Vana-Antsla_vallavalitsus, lk 123
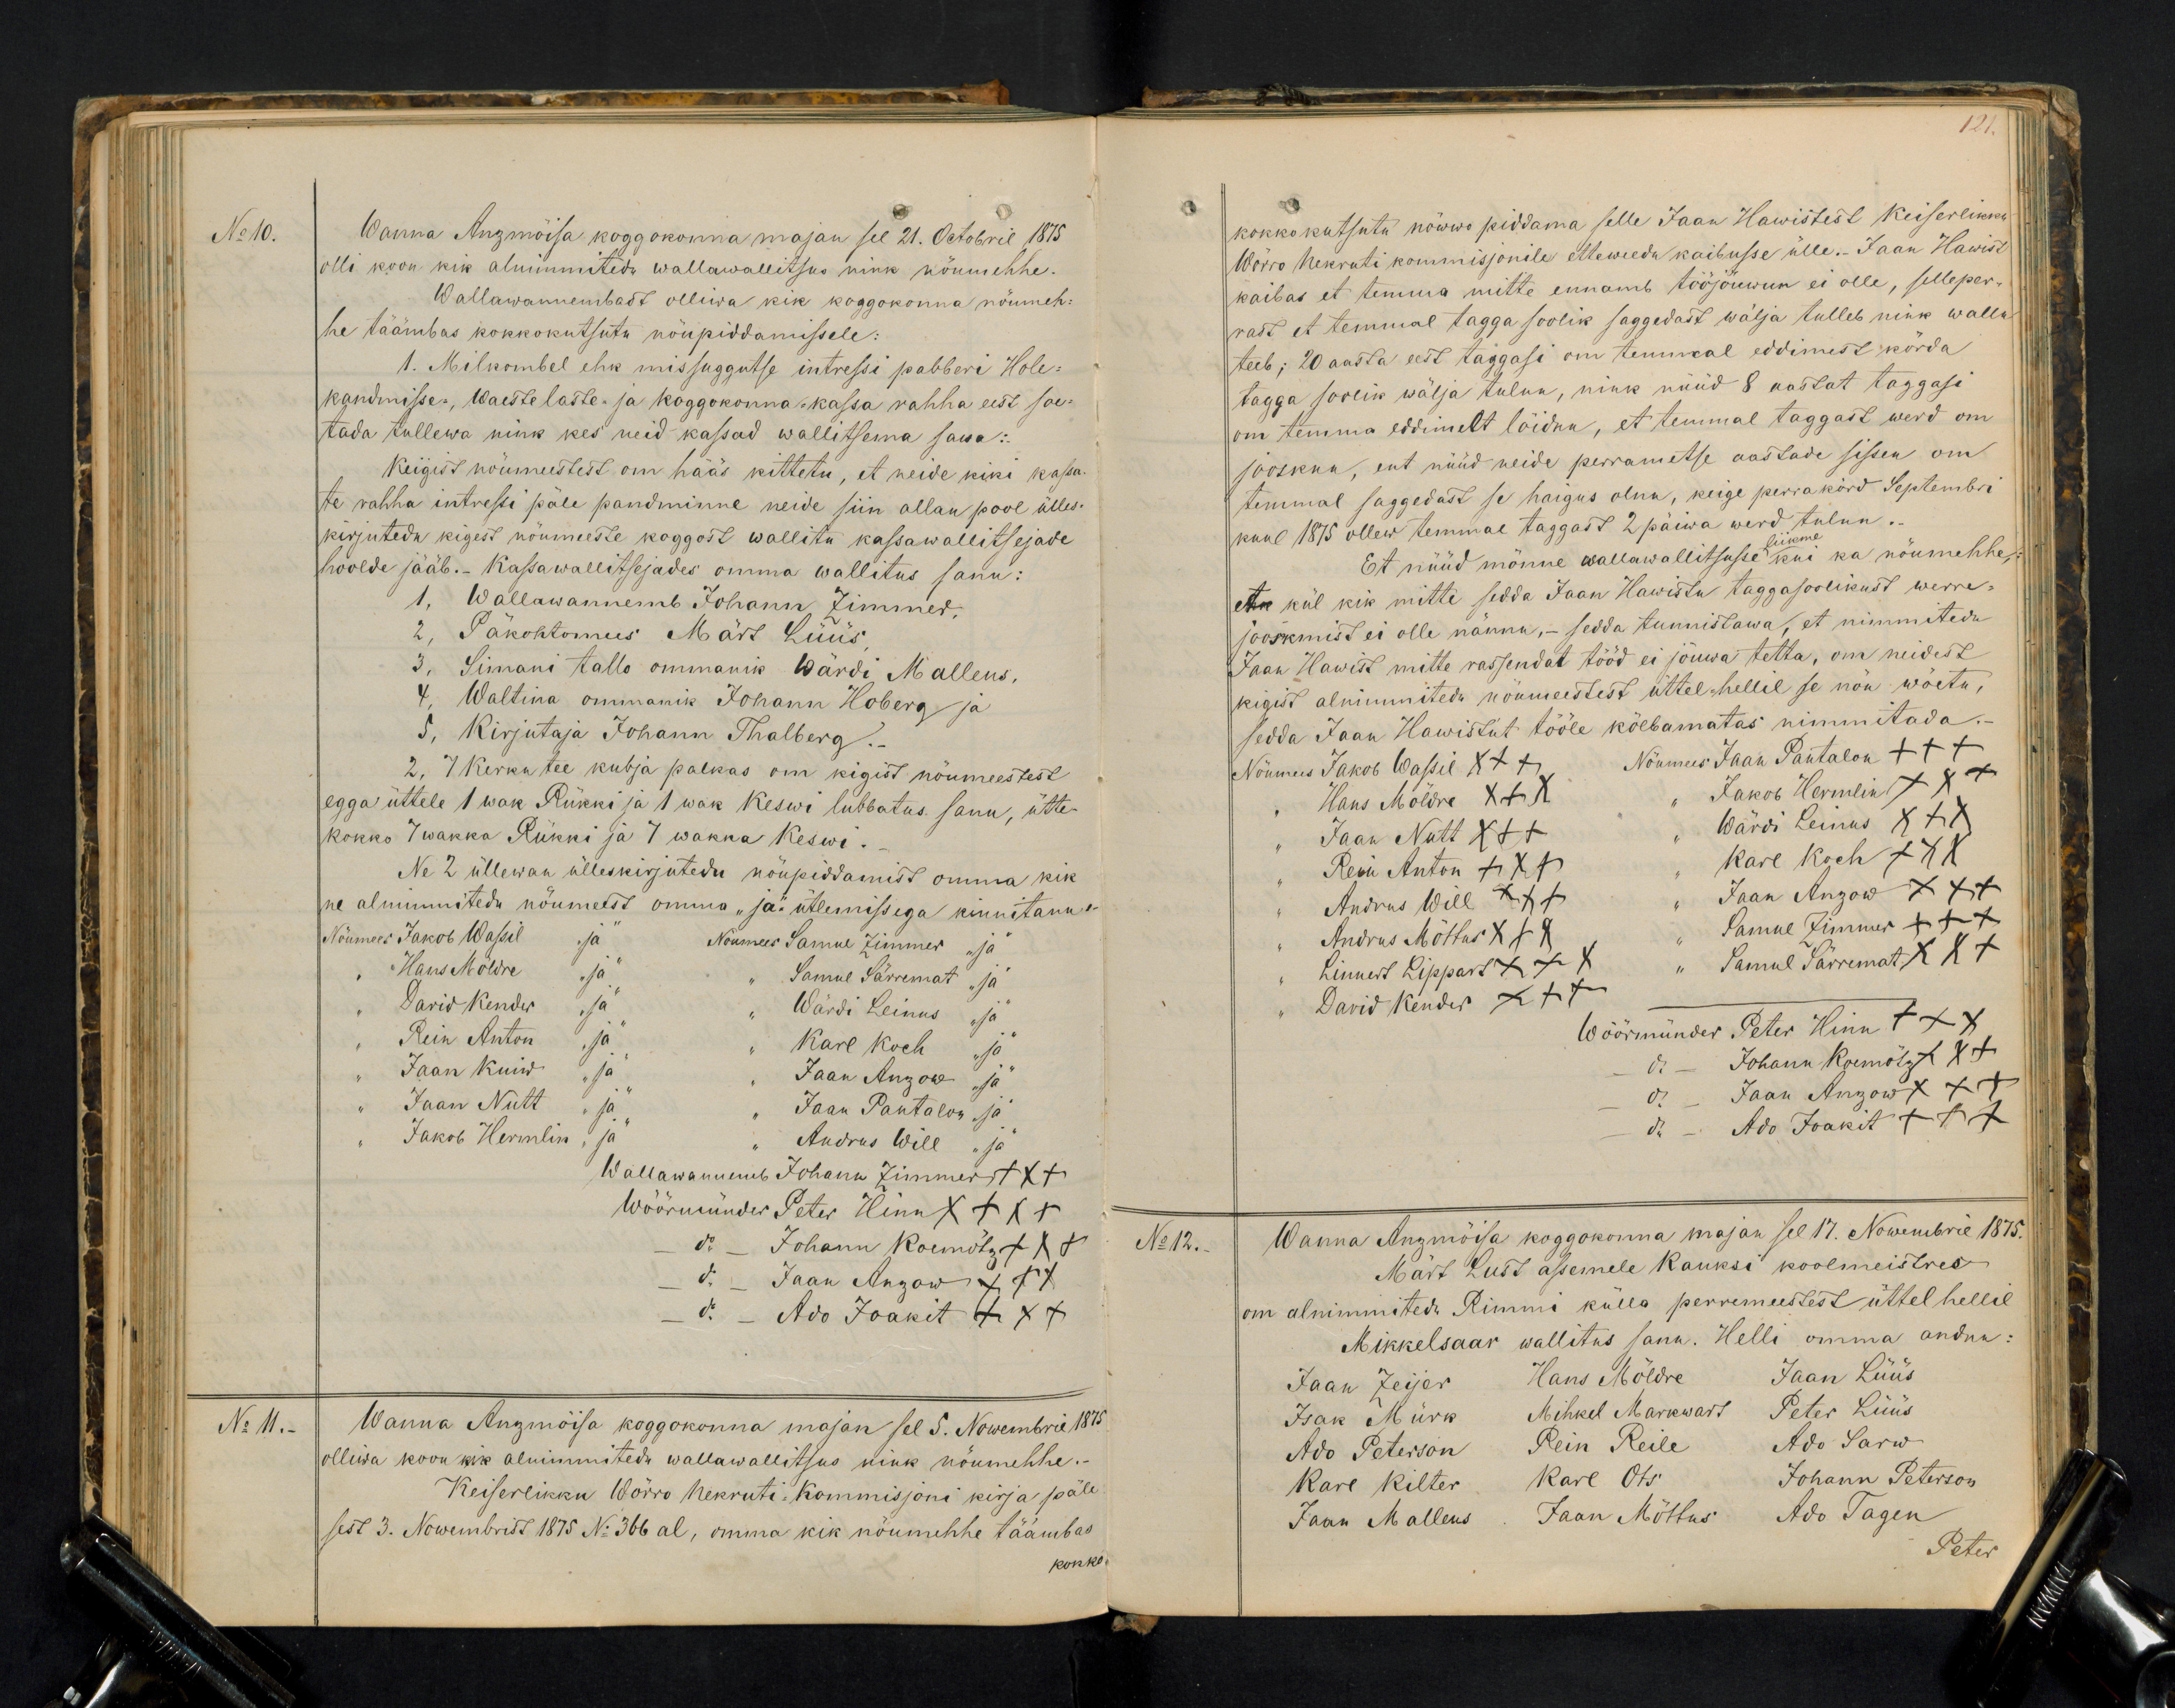
No 10.
Wanna Anzmõisa koggokonna majan see 21. Oktobril 1875
olli koon kik alnimmitedu wallawallitsus nink nöumehhe.
Wallawannembadt olliwa kik koggokonna nöumeh-
he täämbas kokkokutsuti nöupiddamisele.
1. Milkombel ehk missuggutse intressi pabberi Hole-
kandmisse. Waeste laste- ja koggokonna-kassa rahha eest soe-
tada tullewa nink kes neid kassad wallitsema sawa:
Keigist nöumeestest om hääs kittetu, et neide kiki kassa-
te rahha intressi päle pandminne neide siin allan pool ülles-
kirjutedu kigest nöumeeste koggost wallitu kassawallitsejade
hoolde jääb.- Kassawallitsejades omma wallitus sanu:
1, Wallawannemb Johann Zimmer
2, Päkohtomees Märt Lüüs
3, Simani tallo ommanik Wärdi Malleus,
4, Waltina ommanik Johann Hoberg ja
5, Kirjutaja Johann Thalberg.
2, 7 Kerku tee kubja palkas om kigist nöumeestest
egga üttele 1 wak Rükki ja 1 wak Keswi lubbatus sanu, ütte-
kokko 7 Wakka Rükki ja 7 wakka Keswi.
Ne 2 üllewan ülleskirjutedu nöupiddamist omma kik
ne alnimiutedu nöumeest omma "ja" ütlemissega kinnitannu.
Nöumees Jakob Wassil "ja" Nöumees Samuel Zimmer "ja"
Hans Möldre "ja" " Samuel Särremat "ja"
" David Kunder "ja" " Wärdi Leinus "ja"
" Rein Anton "ja" " Karl Koch "ja"
" Jaan Kuiw "ja" " Jaan Anzow "ja"
" Jaan Nutt "ja" " Jaan Pantalon "ja"
" Jakob Hermlin "ja" " Andrus Will "ja"
Wallawannemb Johann Zimmer XXX
Wöörmünder Peter Hinn XXX
do - Johann Koemötz xxx
do - Jaan Anzow XXX
do - Ado Joakit XXX
No 11.
Wanna Anzmoisa koggokonna majan sel 5. Nowembril 1875
olliwa koon kik alnimmitedu wallawallitsus nink nöumehhe.
Keiserlikku Wörro Nekruti-Kommisjoni kirja päle
sest 3. Nowembrist 1875 No 366 al, omma kik nöumehhe täämbas
kokko

121.
kokko kutsutu nöuwo piddama selle Jaan Hawistest Keiserlikku
Wörro Nekruti kommisjonile etteweedu kaibusse ülle. Jaan Hawist
kaibas et temma mitte ennamb tööjöuwun ei olle, selleper-
rast et temmal tagga soolik saggedast wälja tulleb nink wallu
teeb; 20 aasta eest taggasi om temmal eddimest körda
tagga soolik wälja tulnu, nink nüüd 8 aastat taggasi
om temma eddimelt löidnu, et temmal taggast werd om
joosknu, ent nüüd neide perrametse aastade sissen om
temmal saggedast se haigus olnu, keige perra körd Septembri
kuul 1875 ollew temmal taggast 2 päiwa werd tulnu.
Et nüüd mönne wallawallitsusse liikme kui ka nöumehhe,
ehk kül kik mitte sedda Jaan Hawistu taggasoolikust werre
jooskmist ei olle nännu, - sedda tunnistawa, et nimmeteda
Jaan Hawist mitte rassendat tööd ei jõuwa tetta, om neidest
kigist alnimmitedu nöumeestest üttel-hellil se nöu wöetu,
sedda Jaan Hawistut tööle kölbamatas nimmitada.
Nöumees Jakob Wassil XXX  Nöumees Jaan Pantalon +++
Hans Möldre XXX
Jakob Hermlin XXX
"Jaan Nutt XXX" "Wärdi Leinas XXX
Rein Anton XXX
Karl Koch XXX
Andrus Will XXX Jaan Anzow XXX
Andrus Möttus XXX
Samul Zimmer XXX
Linnert Lippart XXX
" Samul Särremat XXX
" David Kender XXX
Wöörmünder Peter Hinn +++
do - Johann Koemötz xxx
do - Jaan Angow XXX
do - Ado Joakit +++
No 12.
Wanna Anzmöisa koggokonna majan sel 17. Nowembril 1875.
Märt Lust asemele Kauksi koolmeistres
om alnimmitedu Rimmi külla perremeestest üttel hellil
Mikkelsaar wallitus sanu. Helli omma andnu:
Jaan Zeijer Hans Möldre Jaan Lüüs
Isak Mürk Mihkel Markwardt Peter Lüüs
Ado Peterson Rein Reile Ado Sarw
Kare Kilter Karl Ots Johann Peterson
Jaan Malleus Jaan Möttus Ado Tagen
Peter